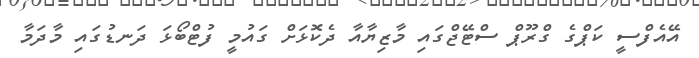
އޭއެފްސީ ކަޕްގެ ގްރޫޕް ސްޓޭޖްގައި މާޒިޔާއާ ދެކޮޅަށް ގައުމީ ފުޓްބޯޅަ ދަނޑުގައި މާދަމާ